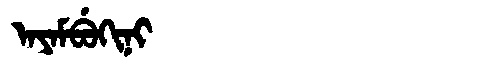
Manchu: ᠠᠶᠠᠮᠪᡠᡴᡳᠨᡳ
Romanization: AYAMBUKINI